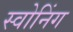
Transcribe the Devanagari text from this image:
स्वोनिंग